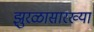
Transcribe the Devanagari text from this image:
झुरळासारख्या